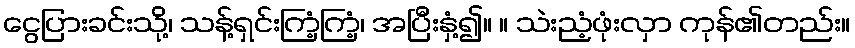
ငွေပြားခင်းသို့၊ သန့်ရှင်းကြံ့ကြံ့၊ အပြီးနှံ့၍။ ။ သဲးညံ့ဖုံးလှာ ကုန်၏တည်း။